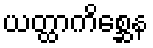
ယတ္ထာကိစ္ဆေန